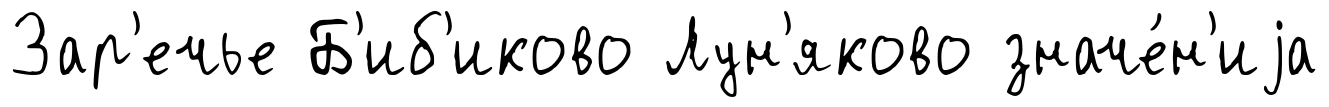
Зар'ечье Б'иб'иково Лун'яково значе́н'иjа